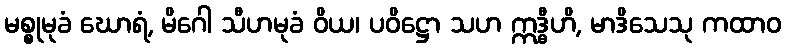
မစ္စုမုခံ ဃောရံ, မိဂေါ သီဟမုခံ ဝိယ၊ ပဝိဋ္ဌော သဟ ဣဒ္ဓီဟိ, မာဒိသေသု ကထာဝ